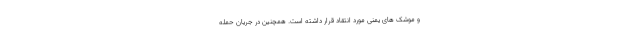
و موشک های یمنی مورد انتقاد قرار داشته است. همچنین در جریان حمله